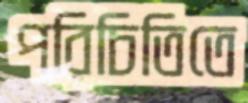
পরিচিতিতে